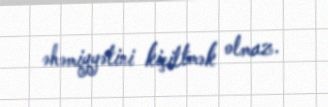
əhəmiyyətini kiçiltmək olmaz.